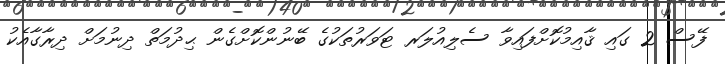
ފޭސް 2 ގައި ޤާއިމުކޮށްފައިވާ ސެލިއުލަރ ޓަވަރުތަކުގެ ބޭނުންކޮށްގެން ޙިދުމަތް ދިނުމަށް ދިރާގާއެކު